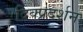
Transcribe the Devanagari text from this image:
दिक्प्रदर्शन